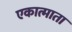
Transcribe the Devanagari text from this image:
एकात्माता